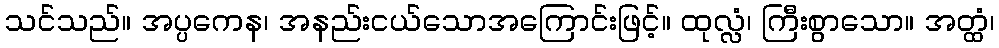
သင်သည်။ အပ္ပကေန၊ အနည်းငယ်သောအကြောင်းဖြင့်။ ထုလ္လံ၊ ကြီးစွာသော။ အတ္ထံ၊